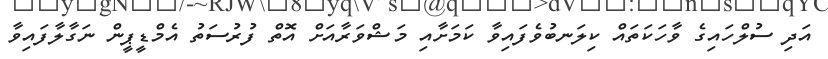
އަދި ސުލްހައިގެ ވާހަކަތައް ކިލަނބުވެފައިވާ ކަމަށާއި މަޝްވަރާއަށް އޮތް ފުރުސަތު އެމްޑީޕީން ނަގާލާފައިވާ